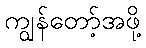
ကျွန်တော့်အဖို့